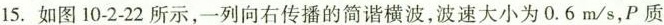
15.如图10-2-22所示，一列向右传播的简谐横波，波速大小为0.6m/s，P质